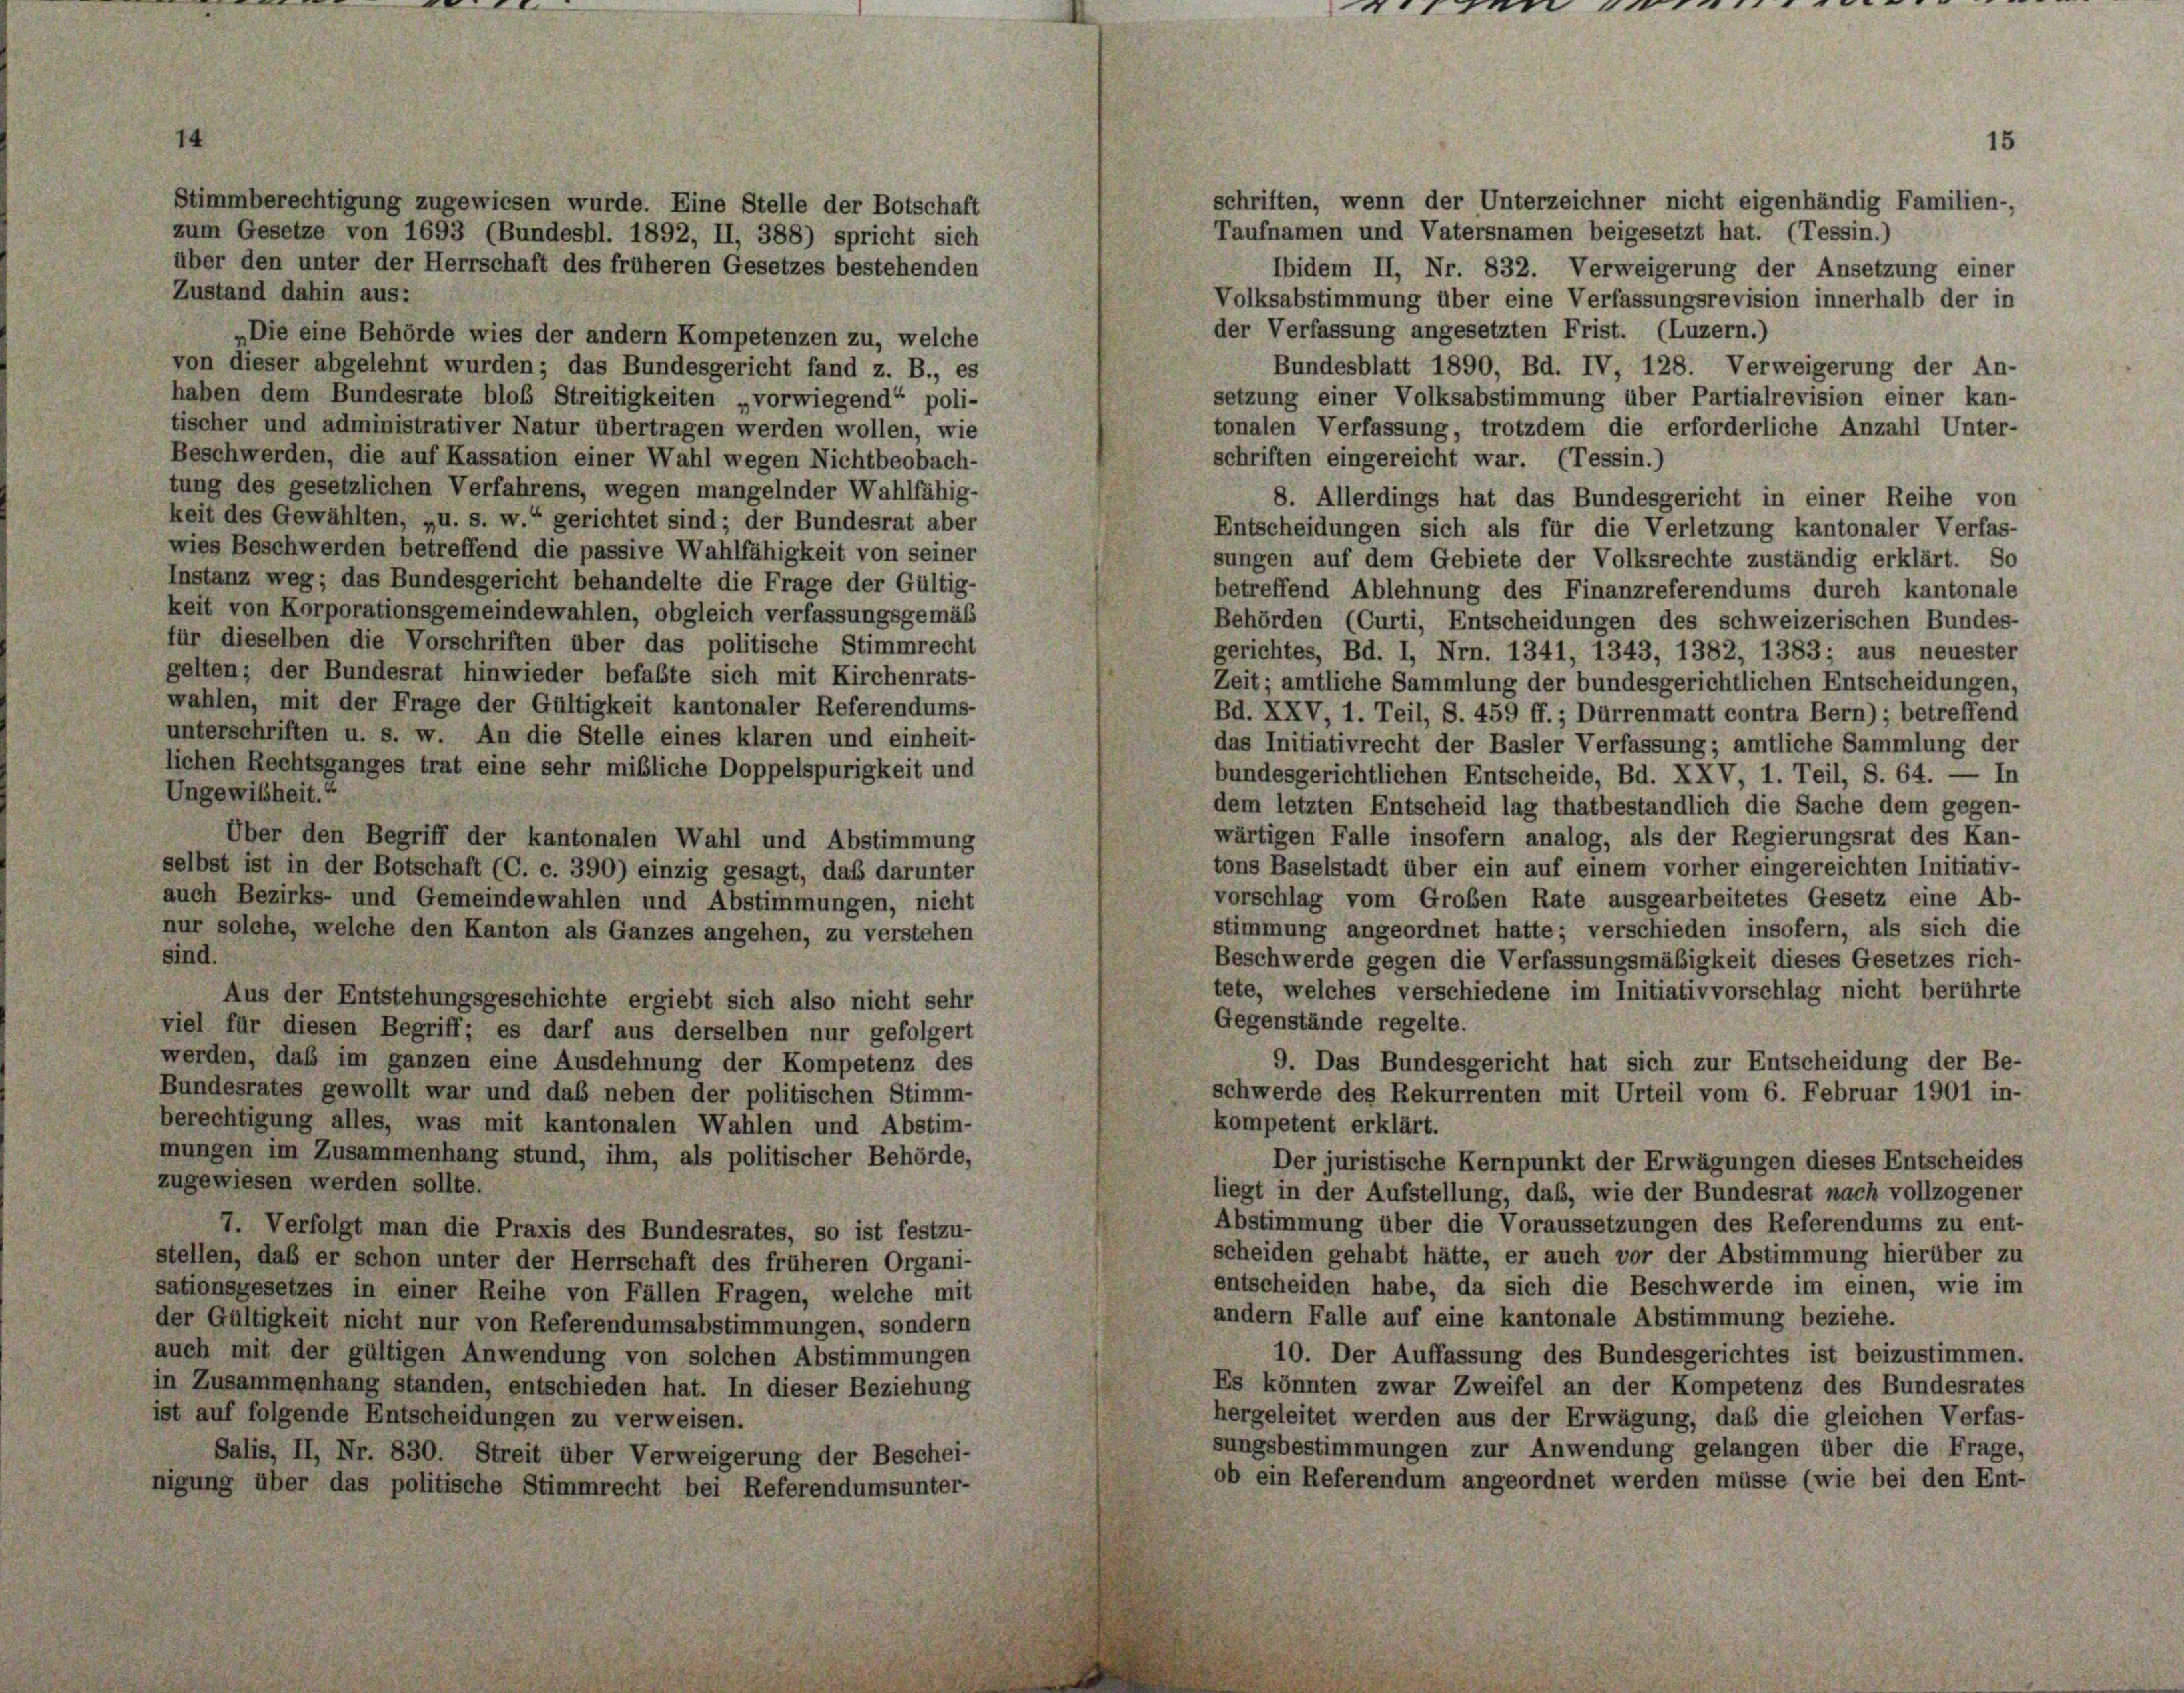
schriften, wenn der Unterzeichner nicht eigenhändig Familien-,
Stimmberechtigung zugewiesen wurde. Eine Stelle der Botschaft
Taufnamen und Vatersnamen beigesetzt hat. (Tessin.)
zum Gesetze von 1693 (Bundesbl. 1892, II, 388) spricht sich
über den unter der Herrschaft des früheren Gesetzes bestehenden
Ibidem II, Nr. 832. Verweigerung der Ansetzung einer
Zustand dahin aus:
Volksabstimmung über eine Verfassungsrevision innerhalb der in
der Verfassung angesetzten Frist. (Luzern.)
„Die eine Behörde wies der andern Kompetenzen zu, welche
Bundesblatt 1890, Bd. IV, 128. Verweigerung der An-
von dieser abgelehnt wurden; das Bundesgericht fand z. B., es
haben dem Bundesrate bloß Streitigkeiten „vorwiegend“ poli-
setzung einer Volksabstimmung über Partialrevision einer kan-
tischer und administrativer Natur übertragen werden wollen, wie
tonalen Verfassung, trotzdem die erforderliche Anzahl Unter-
Beschwerden, die auf Kassation einer Wahl wegen Nichtbeobach-
schriften eingereicht war. (Tessin.)
tung des gesetzlichen Verfahrens, wegen mangelnder Wahlfähig-
8. Allerdings hat das Bundesgericht in einer Reihe von
keit des Gewählten, „u. s. w.“ gerichtet sind; der Bundesrat aber
Entscheidungen sich als für die Verletzung kantonaler Verfas-
wies Beschwerden betreffend die passive Wahlfähigkeit von seiner
sungen auf dem Gebiete der Volksrechte zuständig erklärt. So
Instanz weg; das Bundesgericht behandelte die Frage der Gültig-
betreffend Ablehnung des Finanzreferendums durch kantonale
keit von Korporationsgemeindewahlen, obgleich verfassungsgemäß
Behörden (Curti, Entscheidungen des schweizerischen Bundes-
für dieselben die Vorschriften über das politische Stimmrecht
gerichtes, Bd. I, Nr. 1341, 1343, 1382, 1383; aus neuester
gelten; der Bundesrat hinwieder befaßte sich mit Kirchenrats-
Zeit; amtliche Sammlung der bundesgerichtlichen Entscheidungen,
wahlen, mit der Frage der Gültigkeit kantonaler Referendums-
Bd. XXV, 1. Teil, S. 459 ff.; Dürrenmatt contra Bern); betreffend
unterschriften u. s. w. An die Stelle eines klaren und einheit-
das Initiativrecht der Basler Verfassung; amtliche Sammlung der
lichen Rechtsganges trat eine sehr mißliche Doppelspurigkeit und
bundesgerichtlichen Entscheide, Bd. XXV, 1. Teil, S. 64. — In
Ungewißheit.“
dem letzten Entscheid lag thatbeständlich die Sache dem gegen-
wärtigen Falle insofern analog, als der Regierungsrat des Kan-
Über den Begriff der kantonalen Wahl und Abstimmung
tons Baselstadt über ein auf einem vorher eingereichten Initiativ-
selbst ist in der Botschaft (C. c. 390) einzig gesagt, daß darunter
vorschlag vom Großen Rate ausgearbeitetes Gesetz eine Ab-
auch Bezirks- und Gemeindewahlen und Abstimmungen, nicht
stimmung angeordnet hatte; verschieden insofern, als sich die
nur solche, welche den Kanton als Ganzes angehen, zu verstehen
sind.
Beschwerde gegen die Verfassungsmäßigkeit dieses Gesetzes rich-
tete, welches verschiedene im Initiativvorschlag nicht berührte
Aus der Entstehungsgeschichte ergiebt sich also nicht sehr
Gegenstände regelte.
viel für diesen Begriff; es darf aus derselben nur gefolgert
werden, daß im ganzen eine Ausdehnung der Kompetenz des
9. Das Bundesgericht hat sich zur Entscheidung der Be-
Bundesrates gewollt war und daß neben der politischen Stimm-
schwerde des Rekurrenten mit Urteil vom 6. Februar 1901 in-
berechtigung alles, was mit kantonalen Wahlen und Abstim-
kompetent erklärt.
mungen im Zusammenhang stund, ihm, als politischer Behörde,
Der juristische Kernpunkt der Erwägungen dieses Entscheides
zugewiesen werden sollte.
liegt in der Aufstellung, daß, wie der Bundesrat nach vollzogener
Abstimmung über die Voraussetzungen des Referendums zu ent-
7. Verfolgt man die Praxis des Bundesrates, so ist festzu-
scheiden gehabt hätte, er auch vor der Abstimmung hierüber zu
stellen, daß er schon unter der Herrschaft des früheren Organi-
entscheiden habe, da sich die Beschwerde im einen, wie im
sationsgesetzes in einer Reihe von Fällen Fragen, welche mit
andern Falle auf eine kantonale Abstimmung beziehe.
der Gültigkeit nicht nur von Referendumsabstimmungen, sondern
auch mit der gültigen Anwendung von solchen Abstimmungen
10. Der Auffassung des Bundesgerichtes ist beizustimmen.
n Zusammenhang standen, entschieden hat. In dieser Beziehung
Es könnten zwar Zweifel an der Kompetenz des Bundesrates
st auf folgende Entscheidungen zu verweisen.
hergeleitet werden aus der Erwägung, daß die gleichen Verfas-
sungsbestimmungen zur Anwendung gelangen über die Frage,
Salis, II, Nr. 830. Streit über Verweigerung der Beschei-
ob ein Referendum angeordnet werden müsse (wie bei den Ent-
nigung über das politische Stimmrecht bei Referendumsunter-

nieren

15